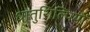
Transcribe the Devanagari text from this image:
धातुशिल्पियों